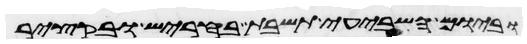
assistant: וביום השביעי תשבת בחריש ובקציר